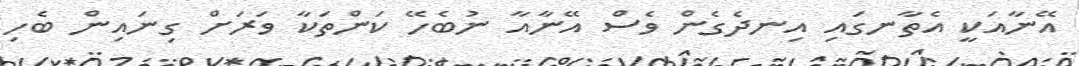
އޭނާއަކީ އެތާނގައި އިނދެގެން ވެސް އޭނާއާ ނުބެހޭ ކަންތަކާ ވަރަށް ގިނައިން ބެހި